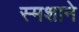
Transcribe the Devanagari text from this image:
स्मशाने